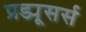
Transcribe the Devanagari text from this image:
प्रड्यूसर्स